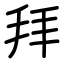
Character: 拜